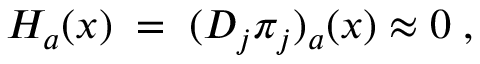
H _ { a } ( x ) \; = \; ( D _ { j } \pi _ { j } ) _ { a } ( x ) \approx 0 \; ,